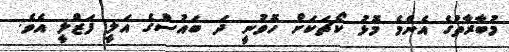
މުބާރާތުގެ އެންމެ މޮޅު ކޯޗަކަށް ހޮވުނީ ދަ ބައުސްގެ އަލީ ފަޒްލީ އެވެ.